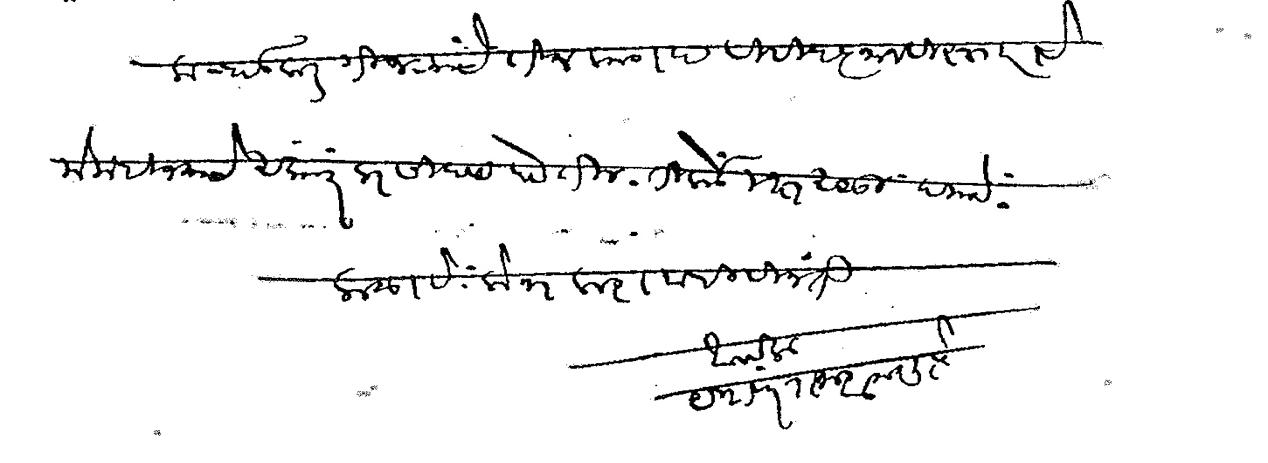
Transliteration (Devanagari): कन्हाडकर गिजऱ्यांचे  तीन कागद विविध ज्ञानविस्ताराचे मे महिन्याचे अंकात प्रसिद्ध होतील तिकडे लक्ष असू दयावे कळावे लोभ करावा ही विनंती आपला यशवंत राजाराम गुप्ते